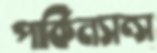
পার্কিনসন্স